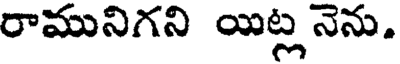
రామునిగని యిట్ల నెను.